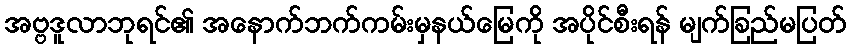
အဗ္ဗဒူလာဘုရင်၏ အနောက်ဘက်ကမ်းမှနယ်မြေကို အပိုင်စီးရန် မျက်ခြည်မပြတ်